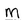
Character: M